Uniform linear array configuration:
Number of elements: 48
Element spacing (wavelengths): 1
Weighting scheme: uniform
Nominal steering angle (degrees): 45
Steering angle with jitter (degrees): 44.724
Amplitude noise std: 0.05
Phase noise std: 0.05

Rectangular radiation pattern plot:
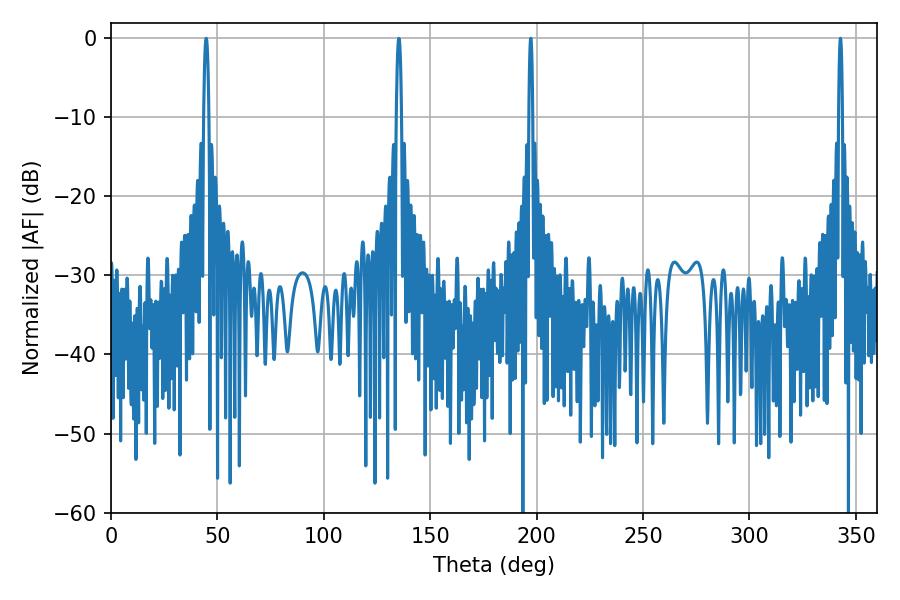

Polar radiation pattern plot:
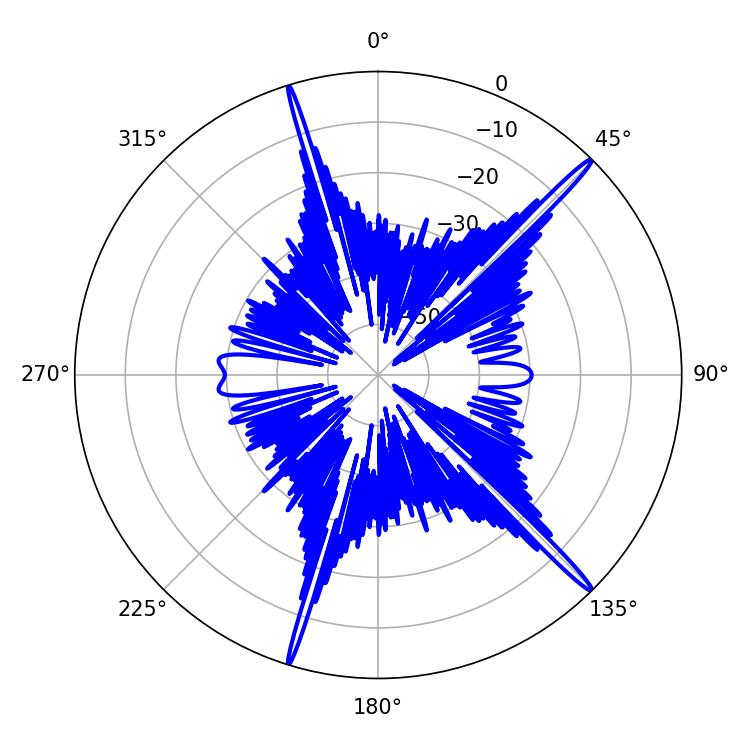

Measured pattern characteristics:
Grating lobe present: TRUE
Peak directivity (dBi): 18.538
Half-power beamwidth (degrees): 0.9
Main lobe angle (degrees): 342.72